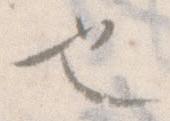
也